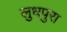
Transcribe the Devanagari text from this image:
लुधपुरा